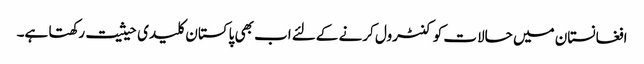
افغانستان میں حالات کو کنٹرول کرنے کےلئے اب بھی پاکستان کلیدی حیثیت رکھتا ہے۔